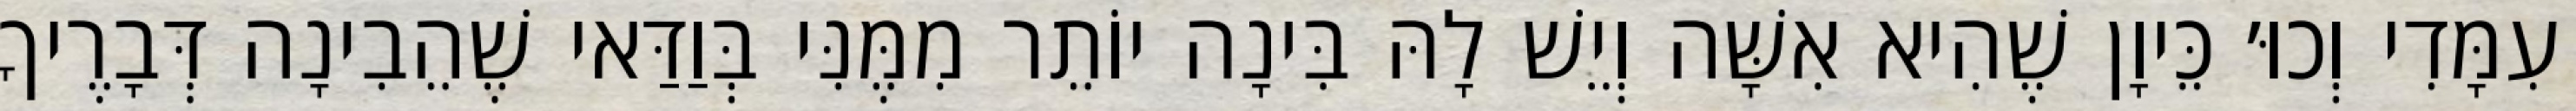
עִמָּדִי וְכוּ׳ כֵּיוָן שֶׁהִיא אִשָּׁה וְיֵשׁ לָהּ בִּינָה יוֹתֵר מִמֶּנִּי בְּוַדַּאי שֶׁהֵבִינָה דְּבָרֶיךָ